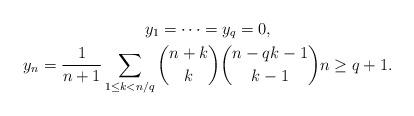
LaTeX: \begin{gather*} y_1=\dots=y_{q}=0, \\ y_n =\frac{1}{n+1}\sum_{1\le k <n/q} \binom{n+k}{k}\binom{n-q k-1}{k-1} n\ge q+1.\end{gather*}